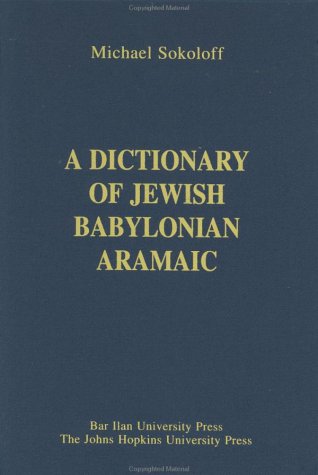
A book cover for A Dictionary of Jewish Babylonian Aramaic of the Talmudic and Geonic Periods (Publications of The Comprehensive Aramaic Lexicon Project); M. Sokoloff; History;